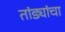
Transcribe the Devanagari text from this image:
तांड्यांचा